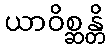
ယာဝိစ္ဆန္တိ